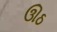
ઊઠ